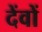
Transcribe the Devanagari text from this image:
देंवों